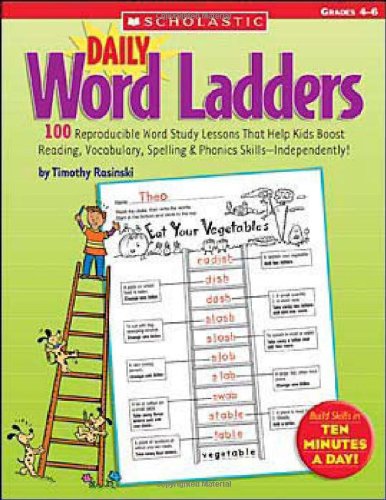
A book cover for Daily Word Ladders: Grades 4EE6: 100 Reproducible Word Study Lessons That Help Kids Boost Reading, Vocabulary, Spelling & Phonics SkillsEEIndependently!; Timothy Rasinski; Education & Teaching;